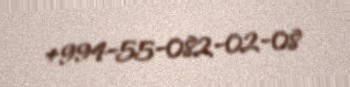
+994-55-082-02-08